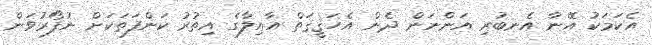
އެކަމަކު އޭނާ އެނބުރި އަންނަން ދެން އެހަޤީޤަތް އާއިލާގެ އިތުރު ކަންފަތަކަށް ނުފޯރުވަން